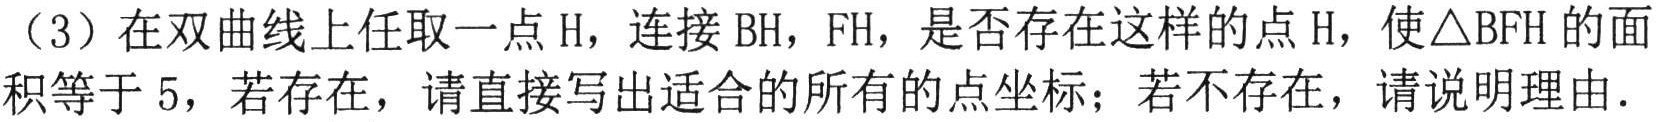
（3）在双曲线上任取一点\(H\)，连接\(BH\)，\(FH\)，是否存在这样的点\(H\)，使\(\triangle BFH\)的面积等于\(5\)，若存在，请直接写出适合的所有的点坐标；若不存在，请说明理由．